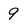
Character: 9